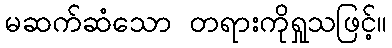
မဆက်ဆံသော တရားကိုရှုသဖြင့်။